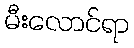
မီးလောင်ရာ